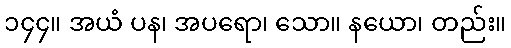
၁၄၄။ အယံ ပန၊ အပရော၊ သော။ နယော၊ တည်း။